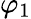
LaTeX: \varphi_{1}